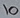
Text: 10